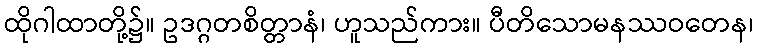
ထိုဂါထာတို့၌။ ဥဒဂ္ဂတစိတ္တာနံ၊ ဟူသည်ကား။ ပီတိသောမနဿဝတေန၊